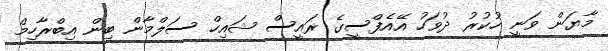
މާޔަން ވަނީ ހުކުރު ދުވަހު އޭއެފްސީގެ ރައީސް ޝައިހް ސަލްމާން ބިން އިބްރާހިމް